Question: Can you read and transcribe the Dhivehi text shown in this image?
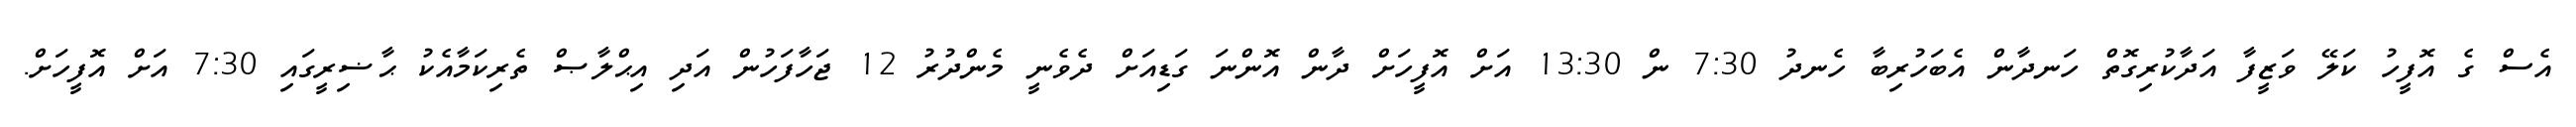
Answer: އެސް ގެ އޮފީހު ކަލޭ ވަޒީފާ އަދާކުރިގޮތް ހަނދާން އެބަހުރިބާ ހެނދު 7:30 ން 13:30 އަށް އޮފީހަށް ދާން އޮންނަ ގަޑިއަށް ދެވެނީ މެންދުރު 12 ޖަހާފަހުން އަދި އިޙްލާޞް ތެރިކަމާއެކު ޙާޟިރީގައި 7:30 އަށް އޮފީހަށް.